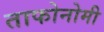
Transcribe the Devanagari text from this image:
ताफोनोमी